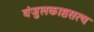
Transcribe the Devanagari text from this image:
वंजुलकाष्ठसत्व